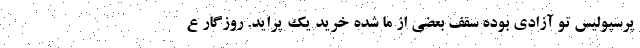
پرسپولیس تو آزادی بوده سقف بعضی از ما شده خرید یک پراید. روزگار ع